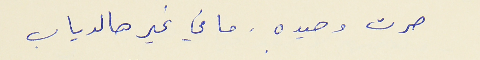
صرت وحيده. ما في غير هالدياب